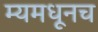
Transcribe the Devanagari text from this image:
म्यमधूनच